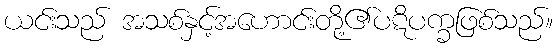
ယင်းသည် အသစ်နှင့်အဟောင်းတို့၏ပဋိပက္ခဖြစ်သည်။